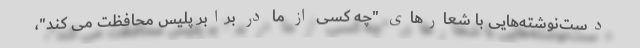
دست‌نوشته‌هایی با شعارهای "چه کسی از ما در برابر پلیس محافظت می کند"،